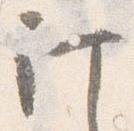
計